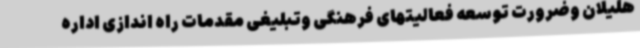
هلیلان وضرورت توسعه فعالیتهای فرهنگی وتبلیغی مقدمات راه اندازی اداره